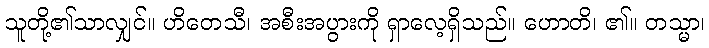
သူတို့၏သာလျှင်။ ဟိတေသီ၊ အစီးအပွားကို ရှာလေ့ရှိသည်။ ဟောတိ၊ ၏။ တသ္မာ၊